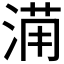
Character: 𱧒